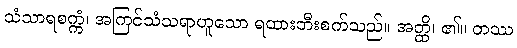
သံသာရစက္ကံ၊ အကြင်သံသရာဟူသော ရထားဘီးစက်သည်။ အတ္ထိ၊ ၏။ တဿ